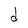
Character: d